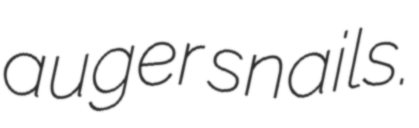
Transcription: auger snails.